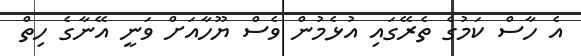
އެ ހާސް ކަމުގެ ތެރޭގައި އުޅެމުން ވެސް ޔޫހާއަށް ވަނީ އޭނާގެ ހިތް